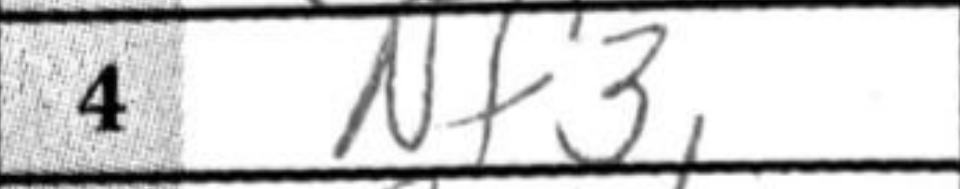
Transcription: Nf3